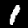
Digit: 1